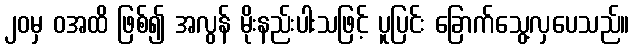
၂၀မှ ဝအထိ ဖြစ်၍ အလွန် မိုးနည်းပါးသဖြင့် ပူပြင်း ခြောက်သွေ့လှပေသည်။